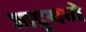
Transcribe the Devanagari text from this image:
जादूमध्ये